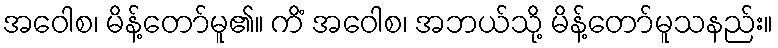
အဝေါစ၊ မိန့်တော်မူ၏။ ကိံ အဝေါစ၊ အဘယ်သို့ မိန့်တော်မူသနည်း။